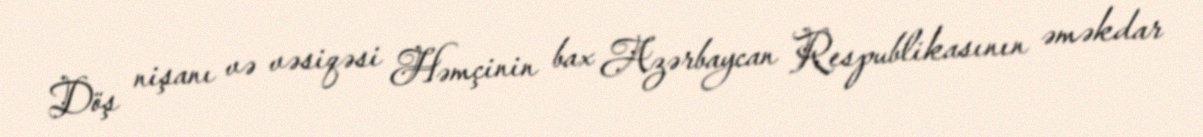
Döş nişanı və vəsiqəsi Həmçinin bax Azərbaycan Respublikasının əməkdar